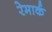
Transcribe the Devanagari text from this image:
रेमार्क